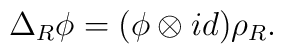
\Delta_{R} \phi = (\phi \otimes id ) \rho_{R}.